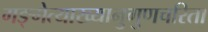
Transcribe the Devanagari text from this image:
गङ्गेत्याख्यानुगुणचरिता